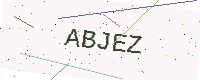
Text: ABJEZ